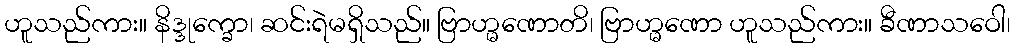
ဟူသည်ကား။ နိဒ္ဒုက္ခော၊ ဆင်းရဲမရှိသည်။ ဗြာဟ္မဏောတိ၊ ဗြာဟ္မဏော ဟူသည်ကား။ ခီဏာသဝေါ၊